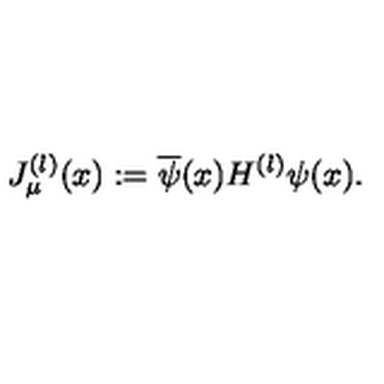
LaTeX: J _ { \mu } ^ { ( l ) } ( x ) : = \overline { { \psi } } ( x ) H ^ { ( l ) } \psi ( x ) .